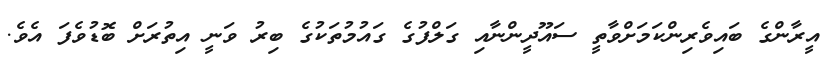
އީރާންގެ ބައިވެރިންކަމަށްވާތީ ސައޫދީންނާއި ގަލްފުގެ ގައުމުތަކުގެ ބިރު ވަނީ އިތުރަށް ބޮޑުވެފަ އެވެ.